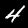
Digit: 4